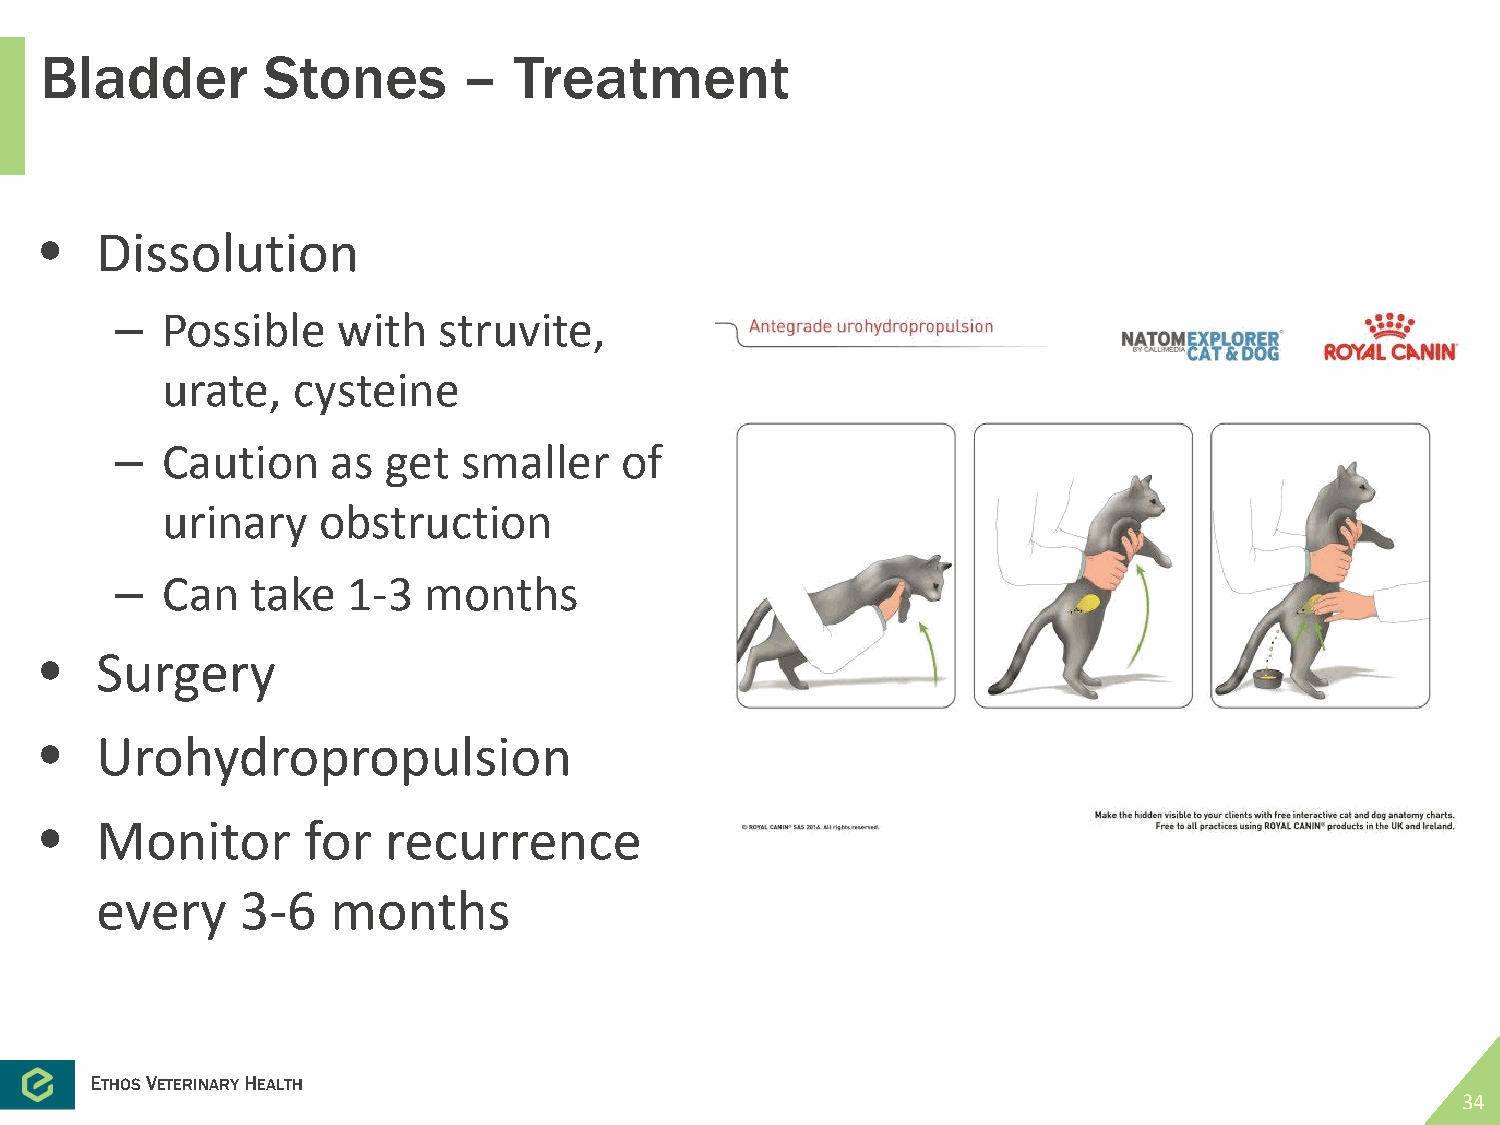
Bladder       Stones        –  Treatment
 •  Dissolution
 –  Possible   with   struvite,
 urate,  cysteine
 –  Caution    as  get  smaller   of
 urinary   obstruction
 –  Can   take  1-3  months
 •  Surgery
 •  Urohydropropulsion
 •  Monitor       for  recurrence
 every     3-6   months
 ETHOSVETERINARYHEALTH
 34